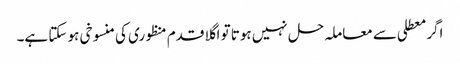
اگر معطلی سے معاملہ حل نہیں ہوتا تو اگلا قدم منظوری کی منسوخی ہو سکتا ہے۔